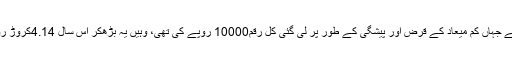
ایک سال پہلے جہاں کم میعاد کے قرض اور پیشگی کے طور پر لی گئی کل رقم10000 روپے کی تھی، وہیں یہ بڑھ‌کر اس سال 4.14کروڑ روپے ہو گئی۔